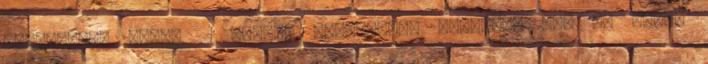
rekorderek pedig 22 csomós sebességet érhettek el. Az Edith